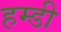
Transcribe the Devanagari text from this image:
हम्डी